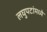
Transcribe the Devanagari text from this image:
लघुपटांमध्ये